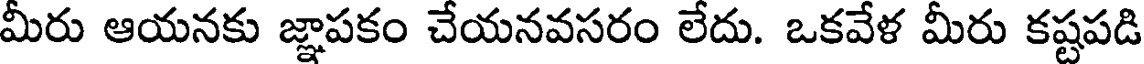
మీరు ఆయనకు జ్ఞాపకం చేయనవసరం లేదు. ఒకవేళ మీరు కష్టపడి